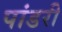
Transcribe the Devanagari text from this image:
पांडरी